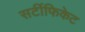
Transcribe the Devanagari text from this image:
सर्टीफिकेट